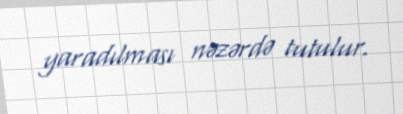
yaradılması nəzərdə tutulur.